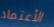
الأعتماد